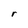
Character: r